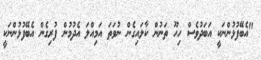
"އެބޭފުޅުންނަކީ އަބަދުވެސް ހިހޫ ތަނުން ކާލައިގެން ނުވަތަ އަމިއްލަ އެދުމުން ފުރިގެން އެބޭފުޅުންނަކީ